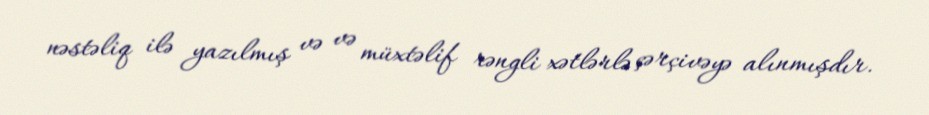
nəstəliq ilə yazılmış və və müxtəlif rəngli xətlərlə çərçivəyə alınmışdır.